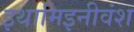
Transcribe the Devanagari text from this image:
इथामिइनीवंश